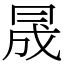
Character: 𠕠